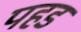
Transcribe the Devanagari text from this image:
पहड